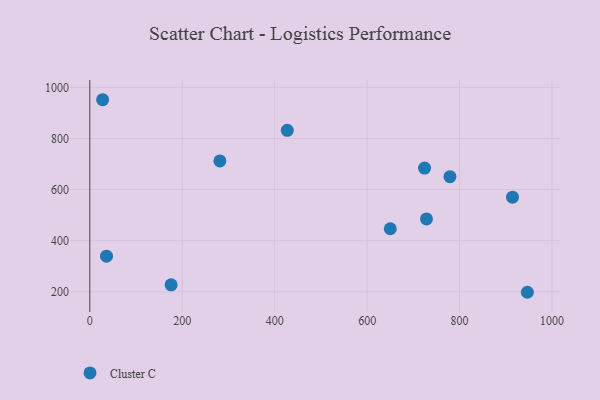
{"axis": {"x": "Price", "y": "Yield"}, "legend": ["Cluster C"], "data": [{"x": "724.2", "y": 684.3, "type": "Cluster C"}, {"x": "779.2", "y": 650.5, "type": "Cluster C"}, {"x": "27.7", "y": 951.6, "type": "Cluster C"}, {"x": "175.9", "y": 227.1, "type": "Cluster C"}, {"x": "36.1", "y": 339.2, "type": "Cluster C"}, {"x": "281.4", "y": 712.1, "type": "Cluster C"}, {"x": "650.1", "y": 446.7, "type": "Cluster C"}, {"x": "914.5", "y": 570.2, "type": "Cluster C"}, {"x": "427.2", "y": 831.7, "type": "Cluster C"}, {"x": "946.7", "y": 198.1, "type": "Cluster C"}, {"x": "728.4", "y": 485.2, "type": "Cluster C"}]}